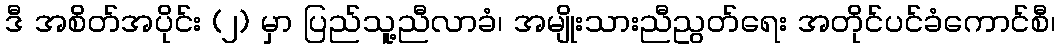
ဒီ အစိတ်အပိုင်း (၂) မှာ ပြည်သူ့ညီလာခံ၊ အမျိုးသားညီညွတ်ရေး အတိုင်ပင်ခံကောင်စီ၊